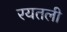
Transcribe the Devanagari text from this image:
रयतली